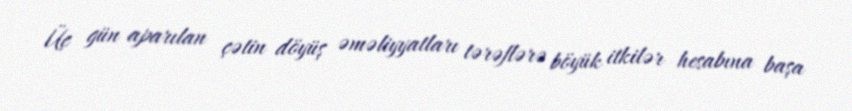
Üç gün aparılan çətin döyüş əməliyyatları tərəflərə böyük itkilər hesabına başa